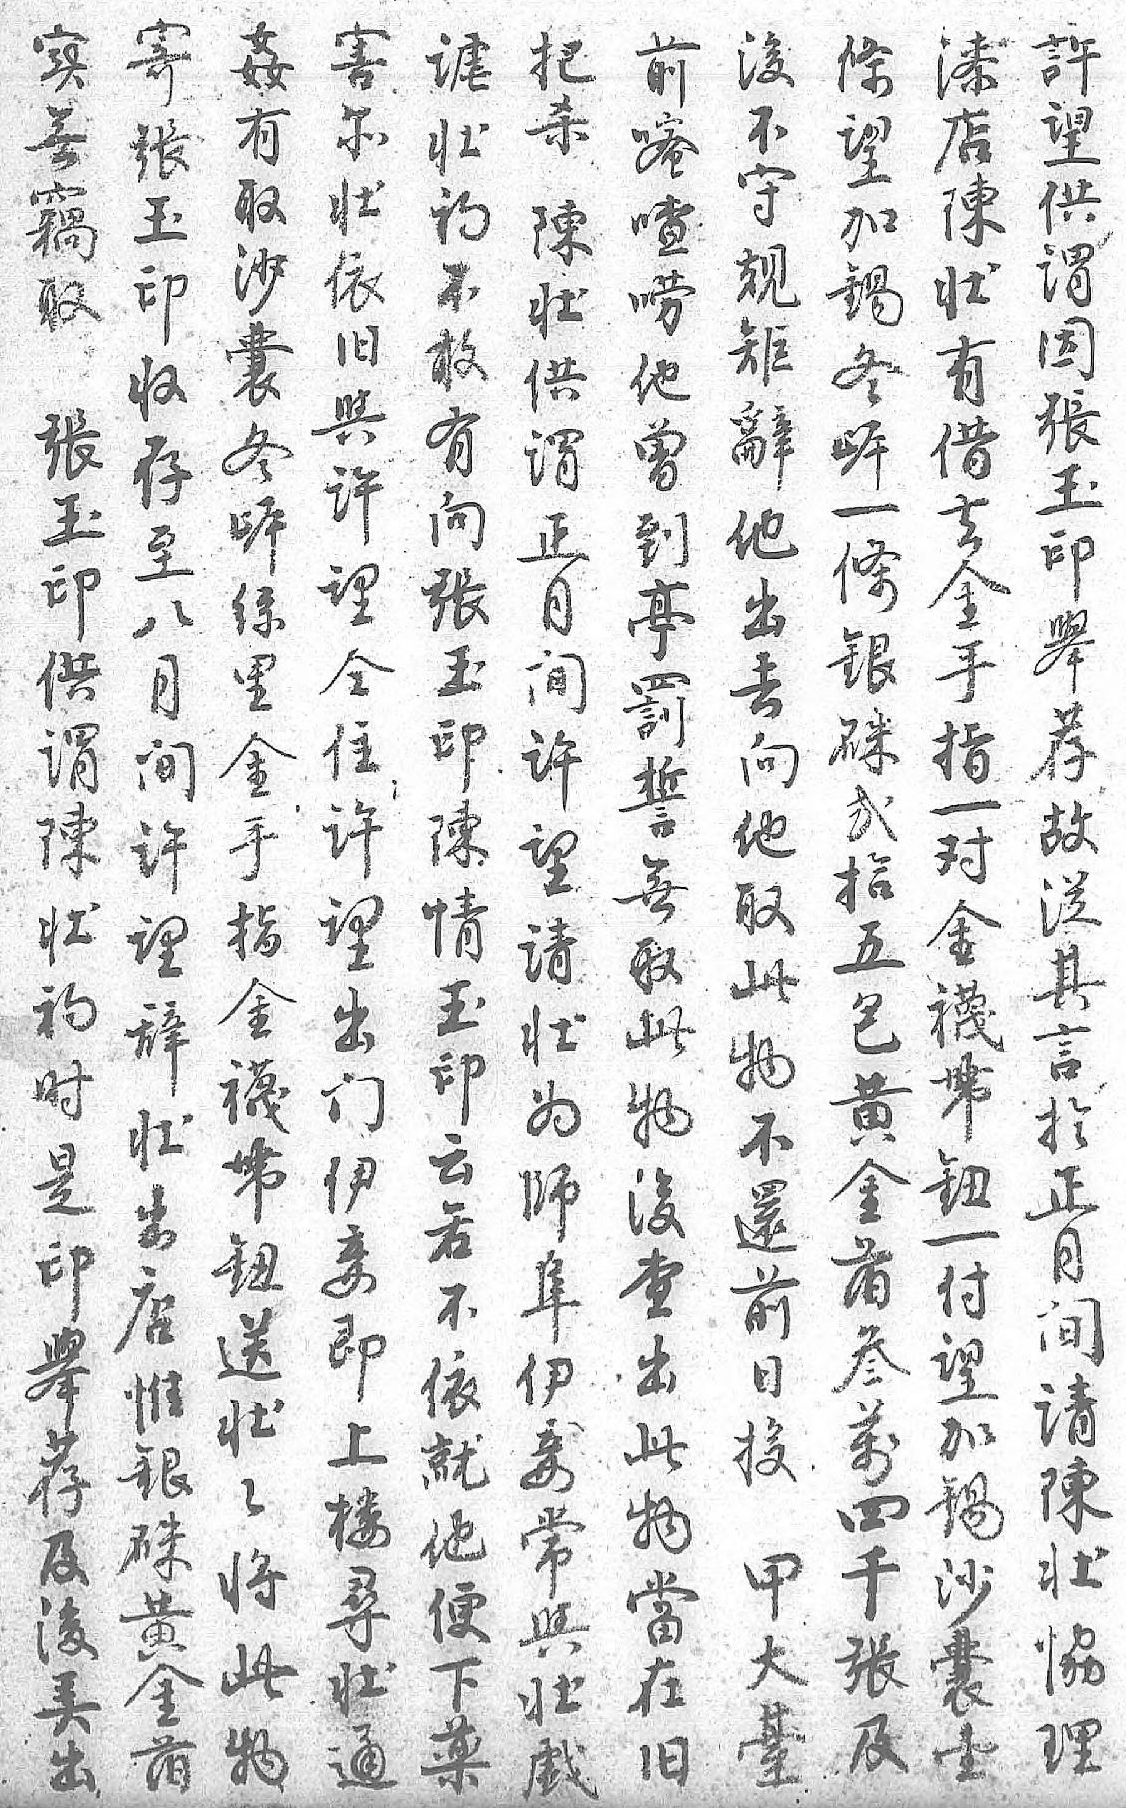
害姦寄後实前把漆條谑許尔有張不無嘧杀店望壮望壮取玉守竊喳陳陳加初供依沙印規取唠壮壮錫不谓旧囊收矩張他供有冬敢因與冬存辭玉曾谓借㟁有張许㟁至他印到正去一向玉望絲八出供𠅘月金條張印仝里月去谓罰间手銀玉舉住金间向陳誓许指硃印荐许手许他壮無望一弍陳故望指望取初取请对拾情従出金辭此时此壮金五玉其门襪壮物是物为襪包印言伊帶出不印後師帶黄云扵妾鈕店還舉查阜鈕金若正即送惟前荐出伊一萡不月上壮銀日及此妾付叁依间樓々硃投後物常望萬就请尋将黄甲㺯當與加四他陳壮此金大出在壮錫千便壮通物萡䑓 旧戲沙張下協       囊及薬理       壹